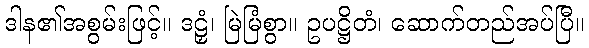
ဒါန၏အစွမ်းဖြင့်။ ဒဠှံ၊ မြဲမြံစွာ။ ဥပဋ္ဌိတံ၊ ဆောက်တည်အပ်ပြီ။